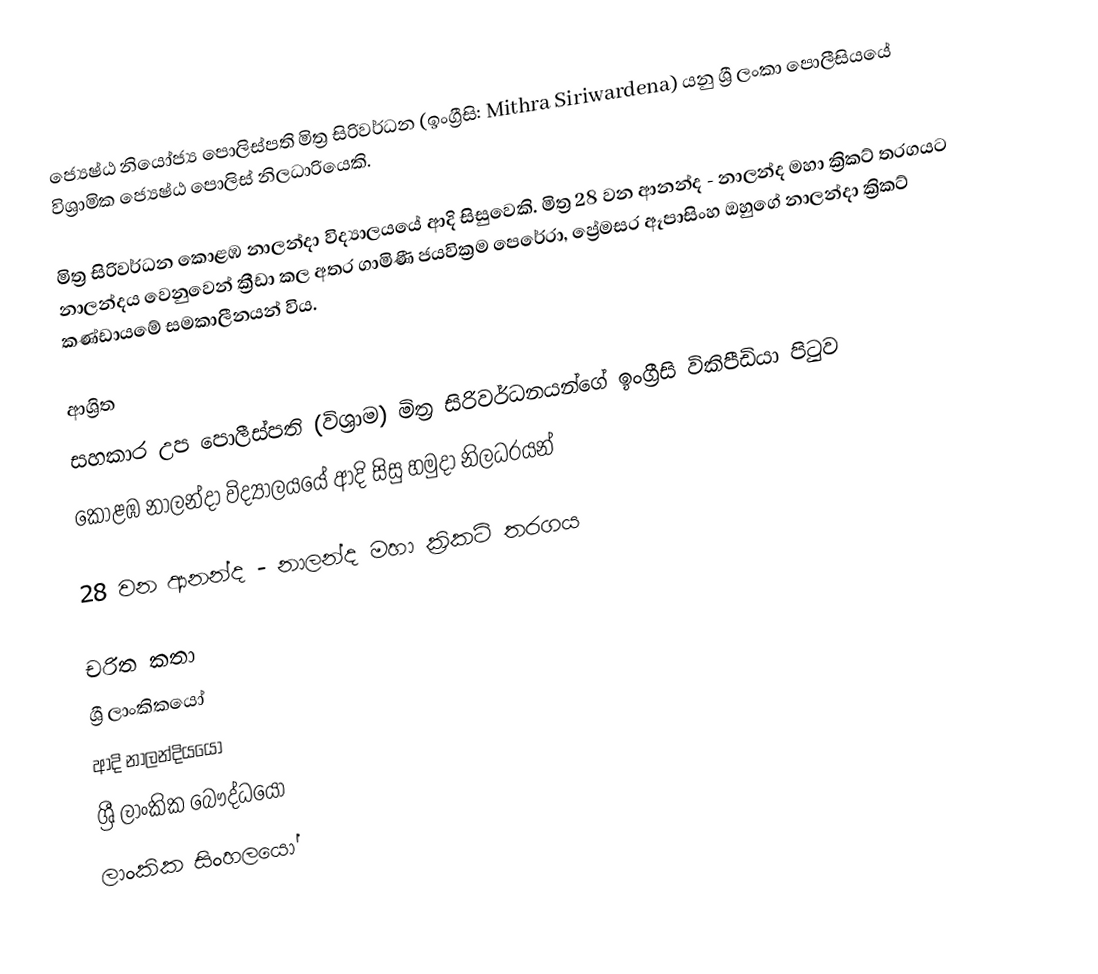
ජ්‍යෙෂ්ඨ නියෝජ්‍ය ‍පොලිස්පති  මිත්‍ර සිරිවර්ධන (ඉංග්‍රීසි: Mithra Siriwardena) යනු  ශ්‍රී ලංකා පොලීසියයේ විශ්‍රාමික ජ්‍යෙෂ්ඨ පොලිස් නිලධාරියෙකි.

මිත්‍ර සිරිවර්ධන  කොළඹ නාලන්දා විද්‍යාලයයේ ආදි සිසුවෙකි.  මිත්‍ර  28 වන ආනන්ද - නාලන්ද මහා ක්‍රිකට් තරගයට නාලන්දය වෙනුවෙන් ක්‍රීඩා කල අතර ගාමිණී ජයවික්‍රම පෙරේරා, ප්‍රේමසර ඈපාසිංහ ඔහුගේ නාලන්දා ක්‍රිකට් කණ්ඩායමේ සමකාලීනයන් විය.

ආශ්‍රිත
  සහකාර උප පොලීස්පති (විශ්‍රාම) මිත්‍ර සිරිවර්ධනයන්ගේ ඉංග්‍රීසි විකිපීඩියා පිටුව
 කොළඹ නාලන්දා විද්‍යාලයයේ ආදි සිසු හමුදා නිලධරයන්

 28 වන ආනන්ද - නාලන්ද මහා ක්‍රිකට් තරගය

චරිත කතා
ශ්‍රී ලාංකිකයෝ
ආදි නාලන්දියයෝ
ශ්‍රී ලාංකික බෞද්ධයෝ
ලාංකික සිංහලයෝ